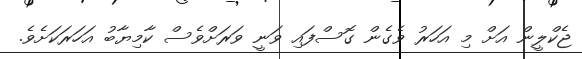
ޖެކްލީން އަށް މި އަހަރު ވެގެން ގޮސްފައި ވަނީ ވަރަށްވެސް ކާމިޔާބު އަހަރަކަށެވެ.